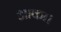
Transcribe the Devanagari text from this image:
आका।